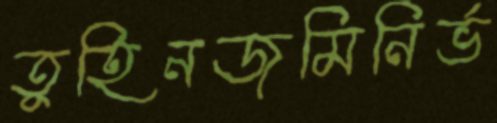
তুহিনজমিনির্ভ